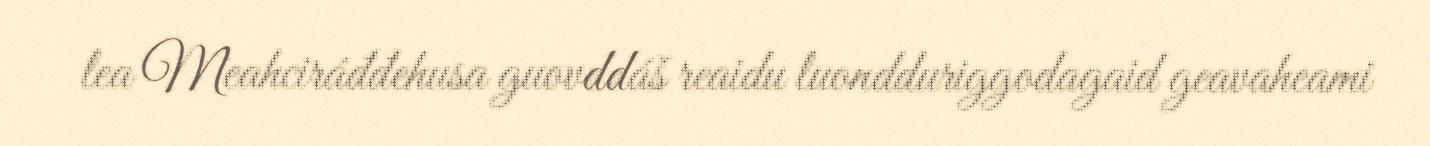
lea Meahciráđđehusa guovddáš reaidu luondduriggodagaid geavaheami